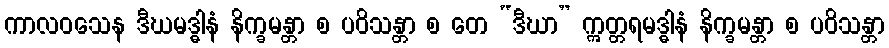
ကာလဝသေန ဒီဃမဒ္ဓါနံ နိက္ခမန္တာ စ ပဝိသန္တာ စ တေ “ဒီဃာ” ဣတ္တရမဒ္ဓါနံ နိက္ခမန္တာ စ ပဝိသန္တာ